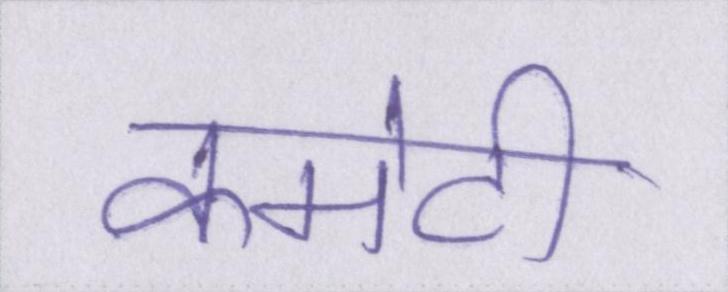
कमेटी